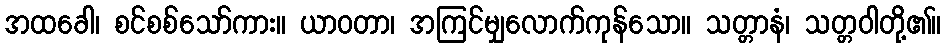
အထခေါ၊ စင်စစ်သော်ကား။ ယာဝတာ၊ အကြင်မျှလောက်ကုန်သော။ သတ္တာနံ၊ သတ္တဝါတို့၏။